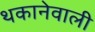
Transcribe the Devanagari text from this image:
थकानेवाली